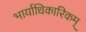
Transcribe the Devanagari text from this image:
भार्याधिकारिकम्